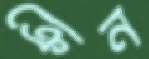
ক্রেন